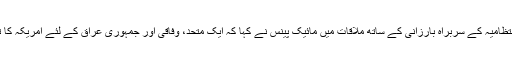
عراقی علاقائی کرد انتظامیہ کے سربراہ بارزانی کے ساتھ ملاقات میں مائیک پینس نے کہا کہ ایک متحد، وفاقی اور جمہوری عراق کے لئے امریکہ کا تعاون جاری رہے گا۔